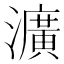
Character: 瀇